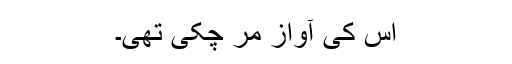
اس کی آواز مر چکی تھی۔